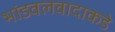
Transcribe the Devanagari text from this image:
भांडवलवादाकडे